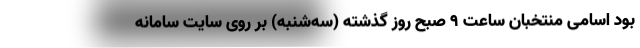
بود اسامی منتخبان ساعت ۹ صبح روز گذشته (سه‌شنبه) بر روی سایت سامانه